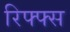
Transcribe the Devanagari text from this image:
रिफ्फ्स